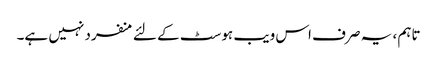
تاہم ، یہ صرف اس ویب ہوسٹ کے لئے منفرد نہیں ہے۔